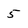
Character: 5